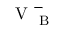
\mathrm { ~ V ~ } _ { \mathrm { ~ B ~ } } ^ { - }